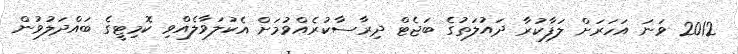
2012 ވަނަ އަހަރަށް ލަފާކުރާ ދައުލަތުގެ ބަޖެޓް ދިރާސާކުރެއްވުމަށް އެކުލަވާލެއްވި ކޮމިޓީގެ ބައްދަލުވުން